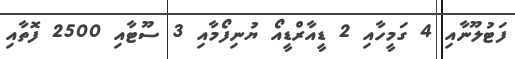
ފަޓުލޫނާއި 4 ގަމީހާއި 2 ޑީއާރްޑީއޯ ޔުނިފޯމާއި 3 ސޫޓާއި 2500 ފޮތާއި